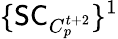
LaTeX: \{ \mathsf{SC}_{C_{p}^{t+2}}\} ^{1}